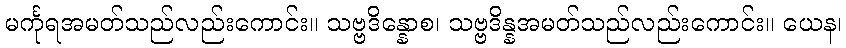
မင်္ကုရအမတ်သည်လည်းကောင်း။ သဗ္ဗဒိန္နောစ၊ သဗ္ဗဒိန္နအမတ်သည်လည်းကောင်း။ ယေန၊